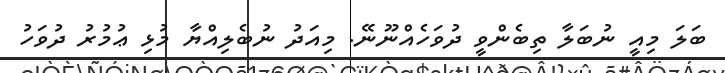
ބަލަ މިއީ ނުބަލާ ތިބެންވީ ދުވަހެއްނޫނޭ. މިއަދު ނުބެލިއްޔާ މުޅި ޢުމުރު ދުވަހު